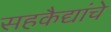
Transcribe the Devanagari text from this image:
सहकैद्यांचे